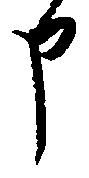
申